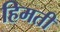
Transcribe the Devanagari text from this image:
हिमती